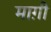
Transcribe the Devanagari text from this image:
माग़ी